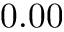
0 . 0 0